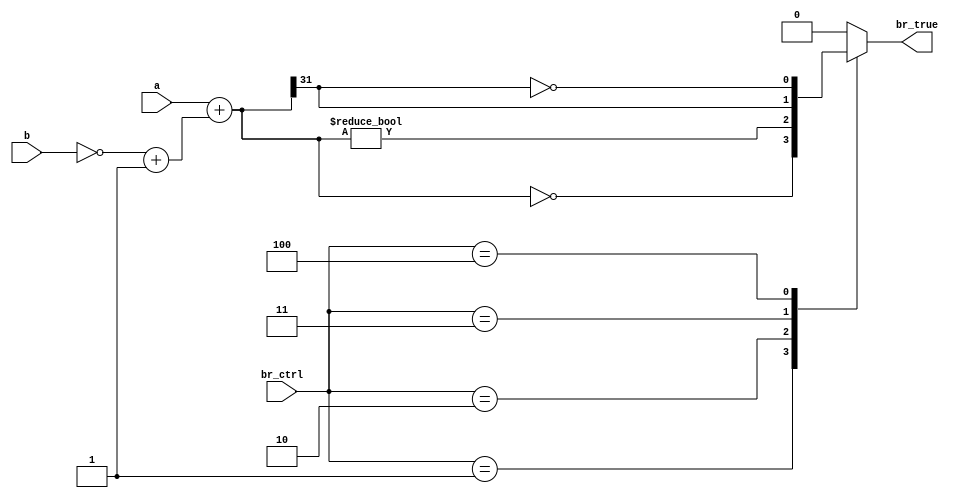
module BranchComp(
    input wire[31:0]a,
    input wire[31:0]b,
    input wire[2:0]br_ctrl,  // cu.br_ctrl
    output wire br_true     // to set cu.br_true
    );
    
    wire[31:0]c;
    assign c = a + ((~b) + 32'b1);  // c = a - b
    assign br_true = branch(br_ctrl, c);     // branch control
    function branch(input [2:0]br_ctrl, input [31:0]c);
    begin
        case(br_ctrl)
            3'd0:       branch = 1'b0;          // no branch
            3'd1:       branch = (c == 32'b0);  // beq
            3'd2:       branch = (c != 32'b0);  // bne
            3'd3:       branch = c[31];         // blt
            3'd4:       branch = ~c[31];        // bge
            default:    branch = 1'b0;
        endcase
    end
    endfunction
    
endmodule